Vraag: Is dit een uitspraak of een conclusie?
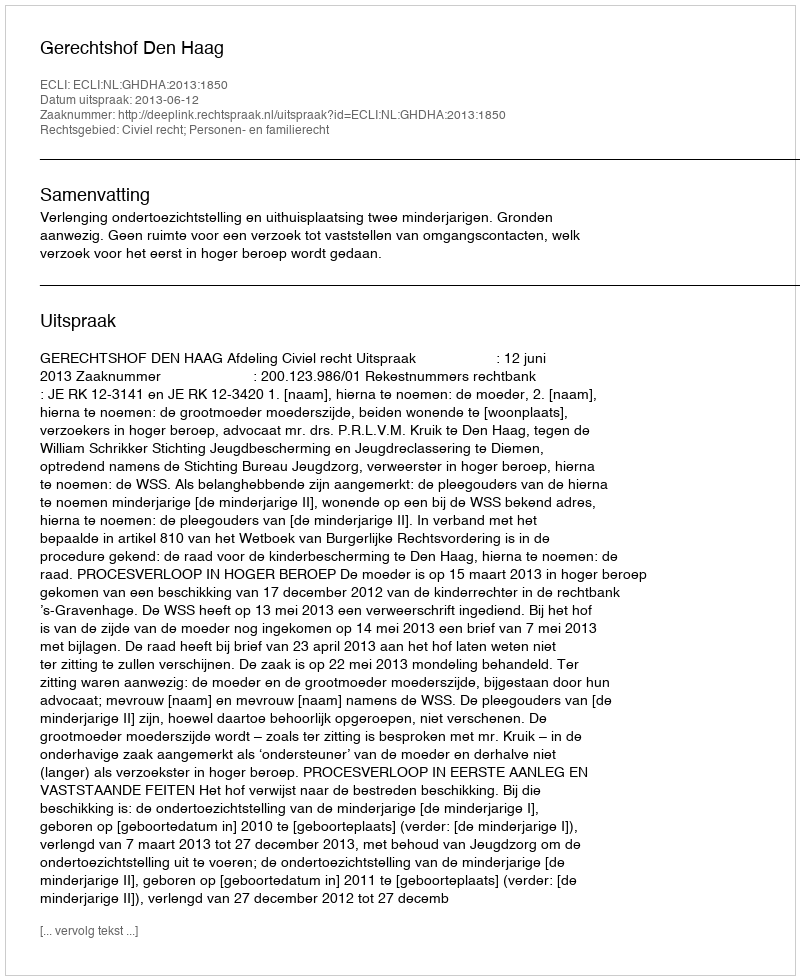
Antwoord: Uitspraak